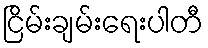
ငြိမ်းချမ်းရေးပါတီ